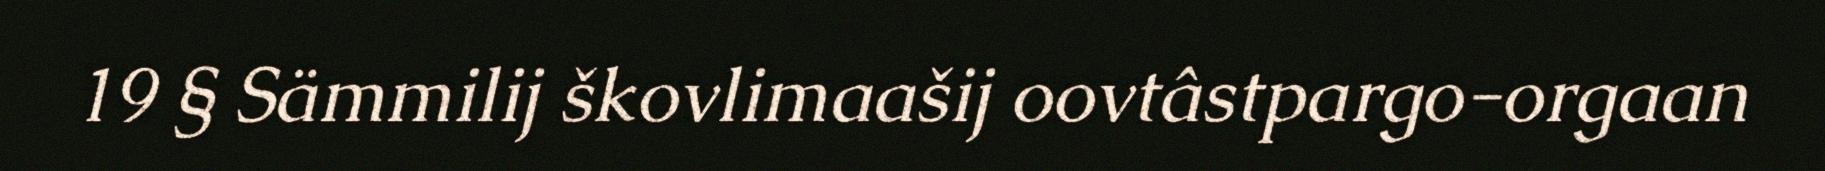
19 § Sämmilij škovlimaašij oovtâstpargo-orgaan